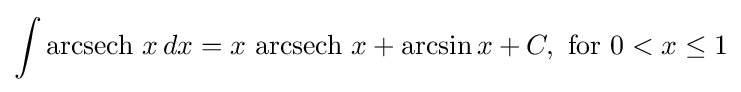
\int \operatorname {arcsech} \,x\,dx=x\,\operatorname {arcsech} \,x+\arcsin x+C,{\text{ for }}0<x\leq 1